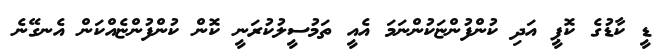
ޑީ ކާޑުގެ ކޮޕީ އަދި ކުންފުންޏަކުންނަމަ އެއީ ތަމުސީލުކުރަނީ ކޮން ކުންފުންޏެއްކަން އެނގޭނެ